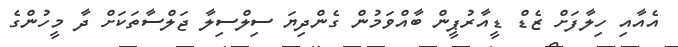
އެއާއި ހިލާފަށް ޒެޑް ޑީއާރުޕީން ބާއްވަމުން ގެންދިޔަ ސިލްސިލާ ޖަލްސާތަކަށް ދާ މީހުންގެ